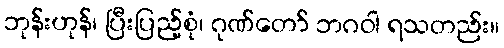
ဘုန်းဟုန်၊ ပြီးပြည့်စုံ၊ ဂုဏ်တော် ဘဂဝါ ရသတည်း။